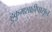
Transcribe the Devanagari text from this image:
हुकुमशाहीपासून